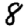
Digit: 8